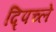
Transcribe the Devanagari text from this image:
द्पिच्ले